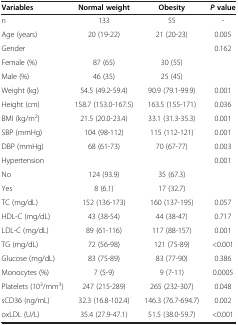
| Variables | Normal weight | Obesity | P value |
 | --- | --- | --- | --- |
 | n | 133 | 55 | - |
 | Age (years) | 20 (19-22) | 21 (20-23) | 0.005 |
 | Gender |  |  | 0.162 |
 | Female (%) | 87 (65) | 30 (55) |  |
 | Male (%) | 46 (35) | 25 (45) |  |
 | Weight (kg) | 54.5 (49.2-59.4) | 90.9 (79.1-99.9) | 0.001 |
 | Height (cm) | 158.7 (153.0-167.5) | 163.5 (155-171) | 0.036 |
 | BMI (kg/m2) | 21.5 (20.0-23.4) | 33.1 (31.3-35.3) | 0.001 |
 | SBP (mmHg) | 104 (98-112) | 115 (112-121) | 0.001 |
 | DBP (mmHg) | 68 (61-73) | 70 (67-77) | 0.003 |
 | Hypertension |  |  | 0.001 |
 | No | 124 (93.9) | 35 (67.3) |  |
 | Yes | 8 (6.1) | 17 (32.7) |  |
 | TC (mg/dL) | 152 (136-173) | 160 (137-195) | 0.057 |
 | HDL-C (mg/dL) | 43 (38-54) | 44 (38-47) | 0.717 |
 | LDL-C (mg/dL) | 89 (61-116) | 117 (88-157) | 0.001 |
 | TG (mg/dL) | 72 (56-98) | 121 (75-89) | <0.001 |
 | Glucose (mg/dL) | 83 (75-89) | 83 (77-90) | 0.386 |
 | Monocytes (%) | 7 (5-9) | 9 (7-11) | 0.0005 |
 | Platelets (103/mm3) | 247 (215-289) | 265 (232-307) | 0.048 |
 | sCD36 (ng/mL) | 32.3 (16.8-102.4) | 146.3 (76.7-694.7) | 0.002 |
 | oxLDL (U/L) | 35.4 (27.9-47.1) | 51.5 (38.0-59.7) | <0.001 |